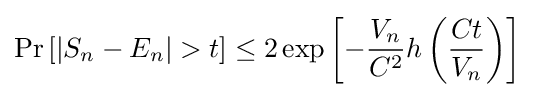
\Pr \left[|S_{n}-E_{n}|>t\right]\leq 2\exp \left[-{\frac {V_{n}}{C^{2}}}h\left({\frac {Ct}{V_{n}}}\right)\right]